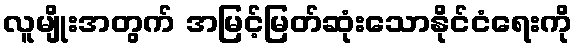
လူမျိုးအတွက် အမြင့်မြတ်ဆုံးသောနိုင်ငံရေးကို